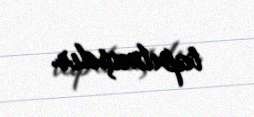
tapılmışdır.